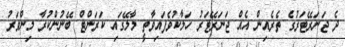
ދެ ޖަނަރޭޓަރުގެ ތެރެއިން އެއް ޖަނަރޭޓަރު ހަލާކުވެފައިވާތީ މާލޭގައި ކަރަންޓް ބޭނުންކުރާ މިންވަރު